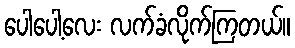
ပေါပေါ့လေး လက်ခံလိုက်ကြတယ်။